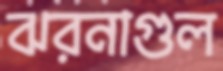
ঝরনাগুল